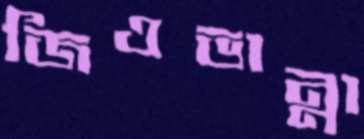
জিওভান্না